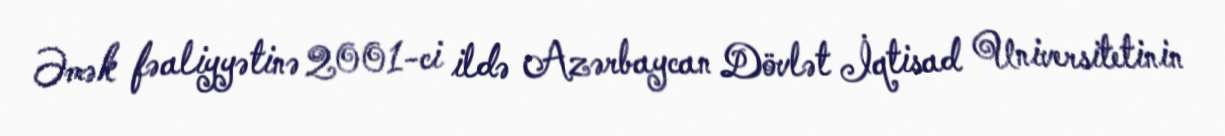
Əmək fəaliyyətinə 2001-ci ildə Azərbaycan Dövlət İqtisad Universitetinin